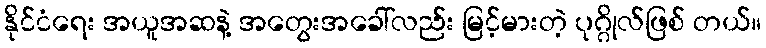
နိုင်ငံရေး အယူအဆနဲ့ အတွေးအခေါ်လည်း မြင့်မားတဲ့ ပုဂ္ဂိုလ်ဖြစ် တယ်။